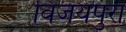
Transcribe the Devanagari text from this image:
विजयपुरा